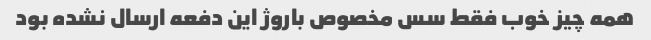
همه چیز خوب فقط سس مخصوص باروژ این دفعه ارسال نشده بود